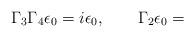
LaTeX: \begin{align*}\Gamma_3\Gamma_4\epsilon_0 = i\epsilon_0, \qquad \Gamma_2\epsilon_0 =\end{align*}